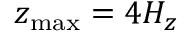
z _ { \mathrm { m a x } } = 4 H _ { z }